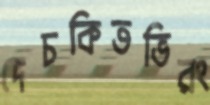
দেচকিতভিরং